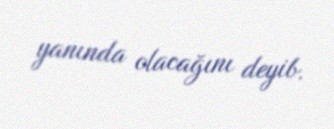
yanında olacağını deyib.